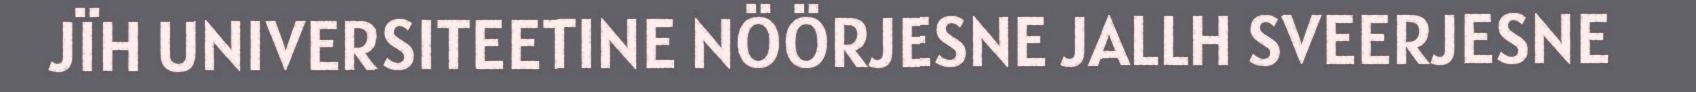
JÏH UNIVERSITEETINE NÖÖRJESNE JALLH SVEERJESNE